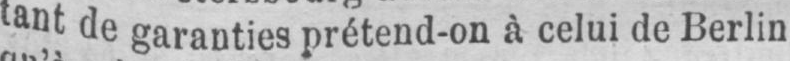
tant de garanties prétend-on à celui de Berlin